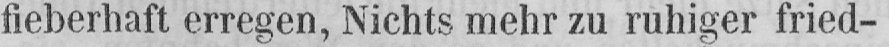
fieberhaft erregen, Nichts mehr zu ruhiger fried-